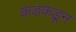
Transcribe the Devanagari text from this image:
कडकडून